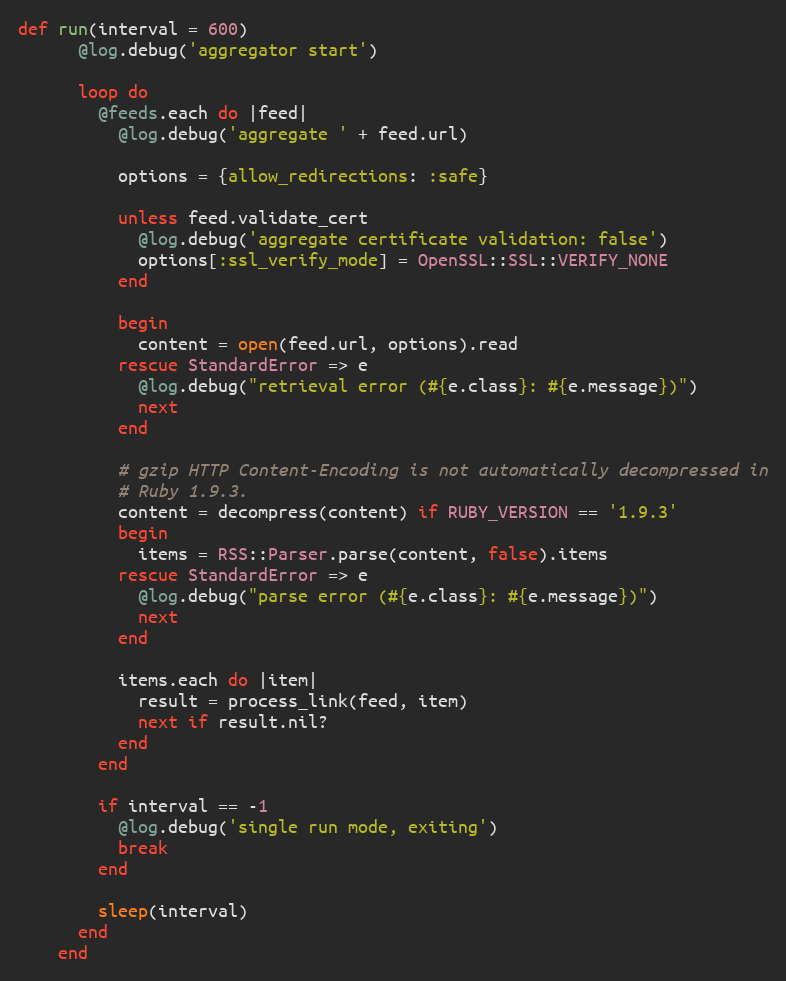
Language: Ruby
def run(interval = 600)
      @log.debug('aggregator start')

      loop do
        @feeds.each do |feed|
          @log.debug('aggregate ' + feed.url)

          options = {allow_redirections: :safe}

          unless feed.validate_cert
            @log.debug('aggregate certificate validation: false')
            options[:ssl_verify_mode] = OpenSSL::SSL::VERIFY_NONE
          end

          begin
            content = open(feed.url, options).read
          rescue StandardError => e
            @log.debug("retrieval error (#{e.class}: #{e.message})")
            next
          end

          # gzip HTTP Content-Encoding is not automatically decompressed in
          # Ruby 1.9.3.
          content = decompress(content) if RUBY_VERSION == '1.9.3'
          begin
            items = RSS::Parser.parse(content, false).items
          rescue StandardError => e
            @log.debug("parse error (#{e.class}: #{e.message})")
            next
          end

          items.each do |item|
            result = process_link(feed, item)
            next if result.nil?
          end
        end

        if interval == -1
          @log.debug('single run mode, exiting')
          break
        end

        sleep(interval)
      end
    end